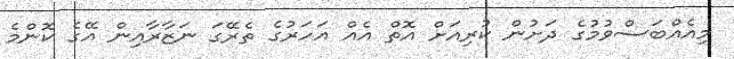
މިއެއްބަސްވުމުގެ ދަށުން ކުރިއަށް އޮތް އެއް އަހަރުގެ ތެރޭގަ ނަޒާރާއިން އޭގެ ކޮންމެ